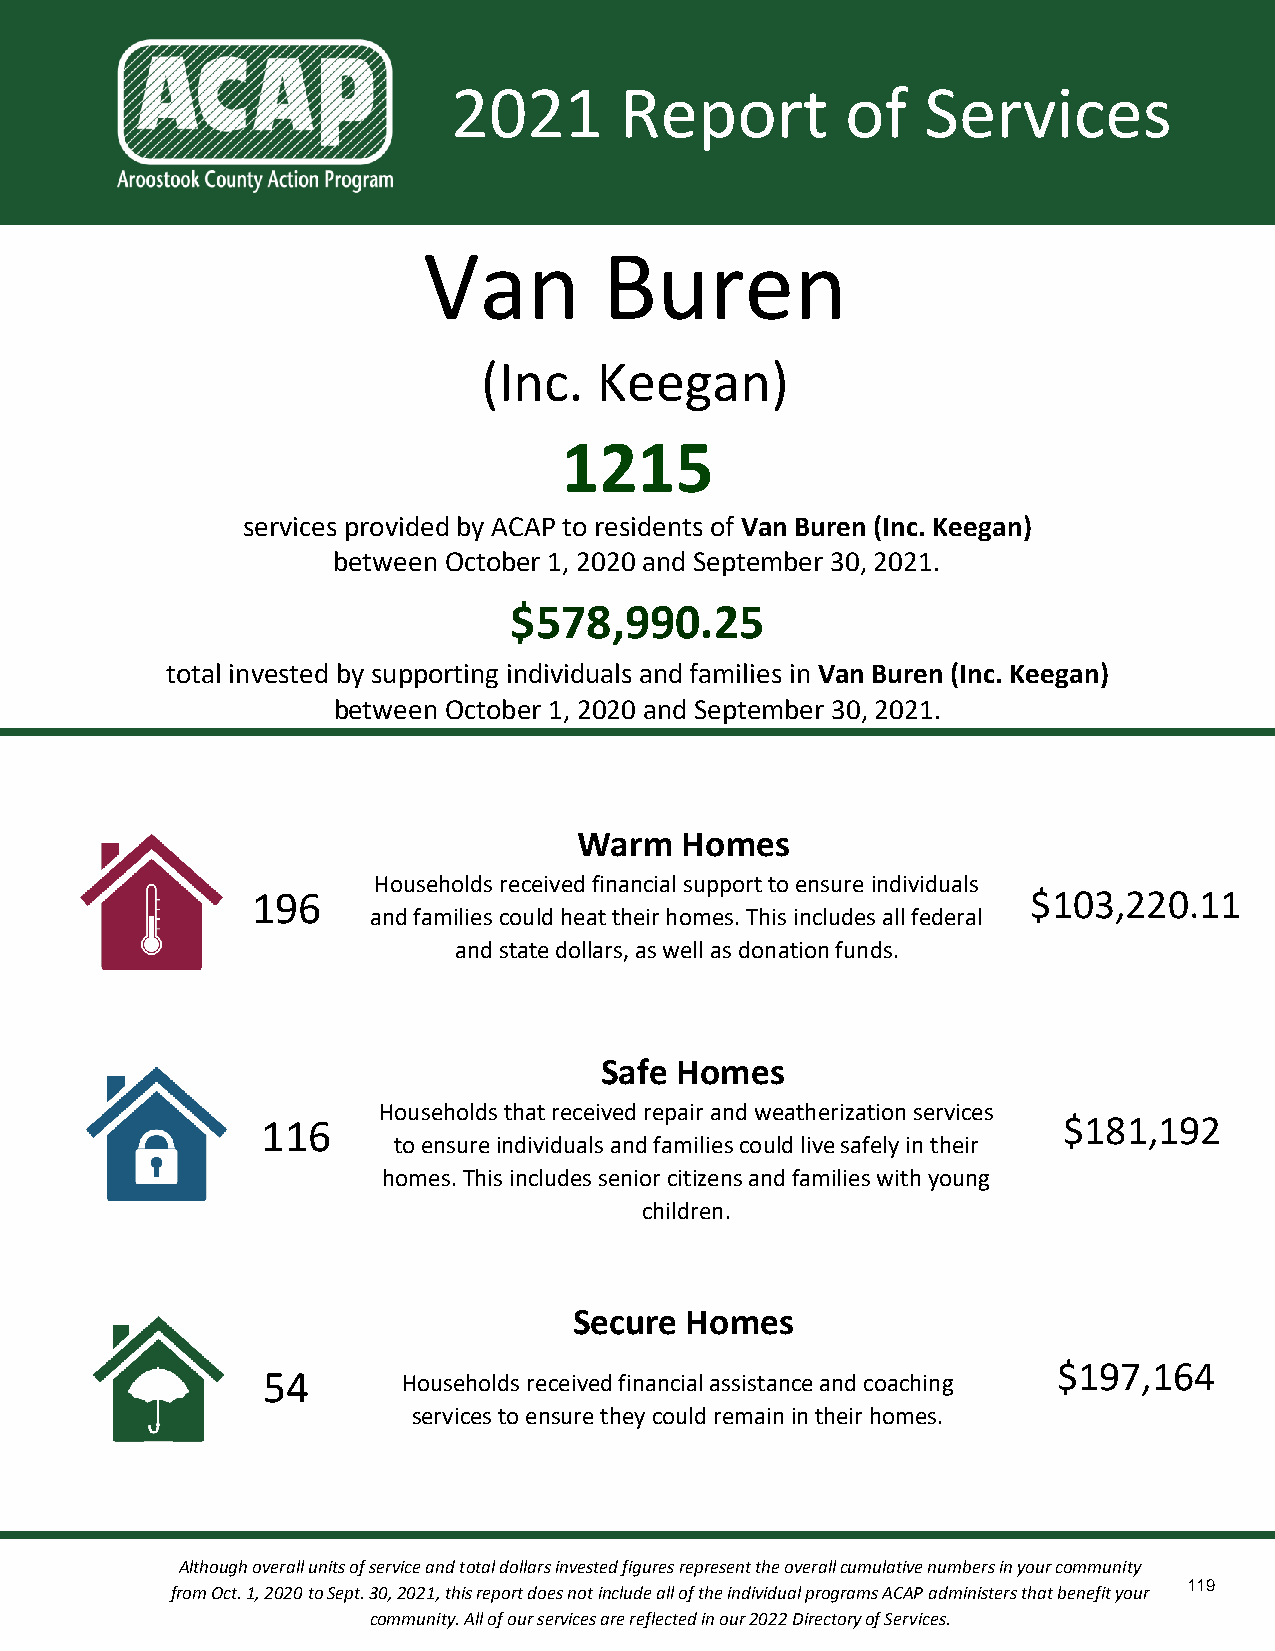
2021       Report         of   Services
 Van         Buren
 (Inc.  Keegan)
 1215
 services provided by ACAP to residents of Van Buren (Inc. Keegan)
 between October 1, 2020 and September 30, 2021.
 $578,990.25
 total invested by supporting individuals and families in Van Buren (Inc. Keegan)
 between October 1, 2020 and September 30, 2021.
 Warm   Homes
 Households received financial support to ensure individuals
 196                                                $103,220.11
 and families could heat their homes. This includes all federal
 and state dollars, as well as donation funds.
 Safe Homes
 Households that received repair and weatherization services
 116                                                  $181,192
 to ensure individuals and families could live safely in their
 homes. This includes senior citizens and families with young
 children.
 Secure Homes
 $197,164
 54        Households received financial assistance and coaching
 services to ensure they could remain in their homes.
 Although overall units of service and total dollars invested figures represent the overall cumulative numbers in your community
 119
 from Oct. 1, 2020 to Sept. 30, 2021, this report does not include all of the individual programs ACAP administers that benefit your
 community. All of our services are reflected in our 2022 Directory of Services.